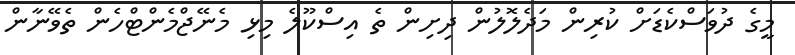
މީގެ ދުވަސްކެޑަށް ކުރިން މަދެލޮލުން ދިށިން ތެ އިސްކޫލެ މިޅި މެނޭޖްމެންޓްހެން ތެވޭނާން